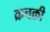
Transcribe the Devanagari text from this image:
क्रचक्री